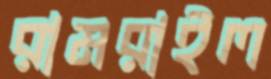
রামরাইল